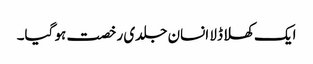
ایک کھلا ڈلا انسان جلدی رخصت ہو گیا۔